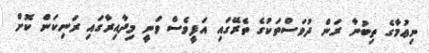
ނިޢުމާގެ ތިބުނާ ރަން ދުވަސްތަކުގެ ތެރޭގައި އަފީވެސް ވަނީ މިދާއިރާގައި ރަނިކަން ކޮށް